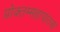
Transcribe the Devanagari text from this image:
प्रोक्तम्महापातक